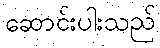
ဆောင်းပါးသည်